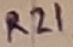
Text: R21